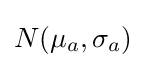
N(\mu _{a},\sigma _{a})